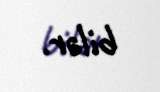
bilər.